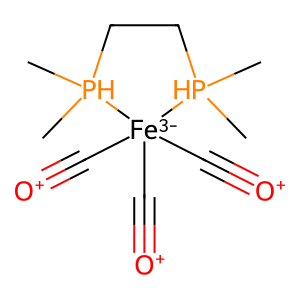
SMILES: C[PH]1(C)CC[PH](C)(C)[Fe-3]1(C#[O+])(C#[O+])C#[O+]
Inhibits HIV replication: No